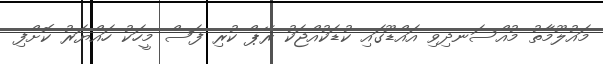
މައުލޫމާތު މުއްސަނދިވި އައްޑޫގައި ކުޑަކުއްޖަކު ރޭޕް ކުރި ފަސް މީހަކު ހައްޔަރު ކޮށްފި